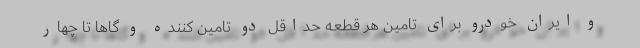
و ایران خودرو برای تامین هر قطعه حداقل دو تامین کننده و گاها تا چهار